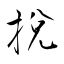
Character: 挩